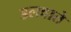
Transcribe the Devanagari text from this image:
डलवाते